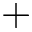
+